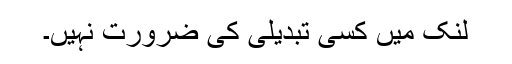
لنک میں کسی تبدیلی کی ضرورت نہیں۔